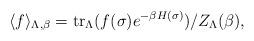
LaTeX: \begin{align*}\langle f\rangle_{\Lambda,\beta}=\mathrm{tr}_{\Lambda} (f(\sigma) e^{-\beta H(\sigma)})/Z_{\Lambda}(\beta),\end{align*}